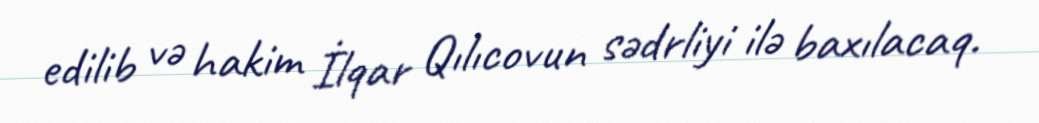
edilib və hakim İlqar Qılıcovun sədrliyi ilə baxılacaq.